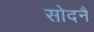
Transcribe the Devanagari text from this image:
सोदनै